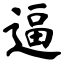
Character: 逼